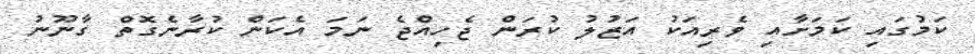
ކަމުގައި ކަމަށާއި ވެރިއަކު އަޒުލު ކުރަން ޖެހިއްޖެ ނަމަ އެކަން ކުރާނެގޮތް ގާނޫނު